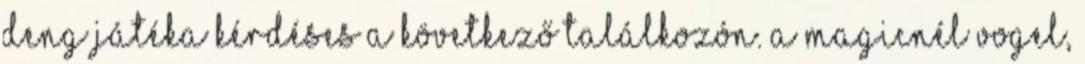
Deng játéka kérdéses a következő találkozón. A Magicnél Vogel,